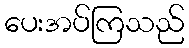
ပေးအပ်ကြသည်